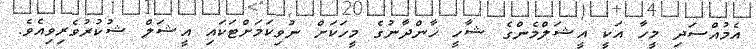
އެމުއްސަދި މީހާ އަކީ އީޝަލްމެންގެ ޝާހީ ޚާންދާނުގެ މީހަކަށް ނުވިކަމަށްޓަކައި އީޝަލް ޝުކުރުވެރިވިއެވެ.